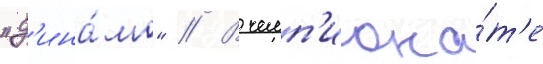
"д'ина́мо" // В чемп'иона́т'е